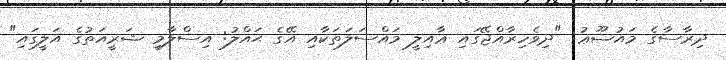
ދިރާސާގެ މައުޟޫޢު: "ދިވެހިރާއްޖޭގައި ޢާއިލީ މައްސަލަތަކާއި އޭގެ ޙައްލު: އިސްލާމީ ޝަރީއަތުގެ އަލީގައި"